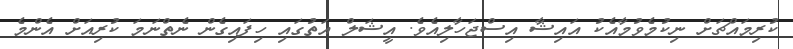
ކުރިމައްޗަށް ނިކުމެވުމާއެކު އައިޝާ އިސްޖަހާލިއެވެ. އީޝަލް އަތުގައި ހިފައިގެން ނެތްނަމަ ކުރިއަށް އެންމެ